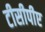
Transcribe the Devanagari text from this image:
टीसीपीए